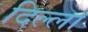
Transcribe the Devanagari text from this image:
दिल्ला